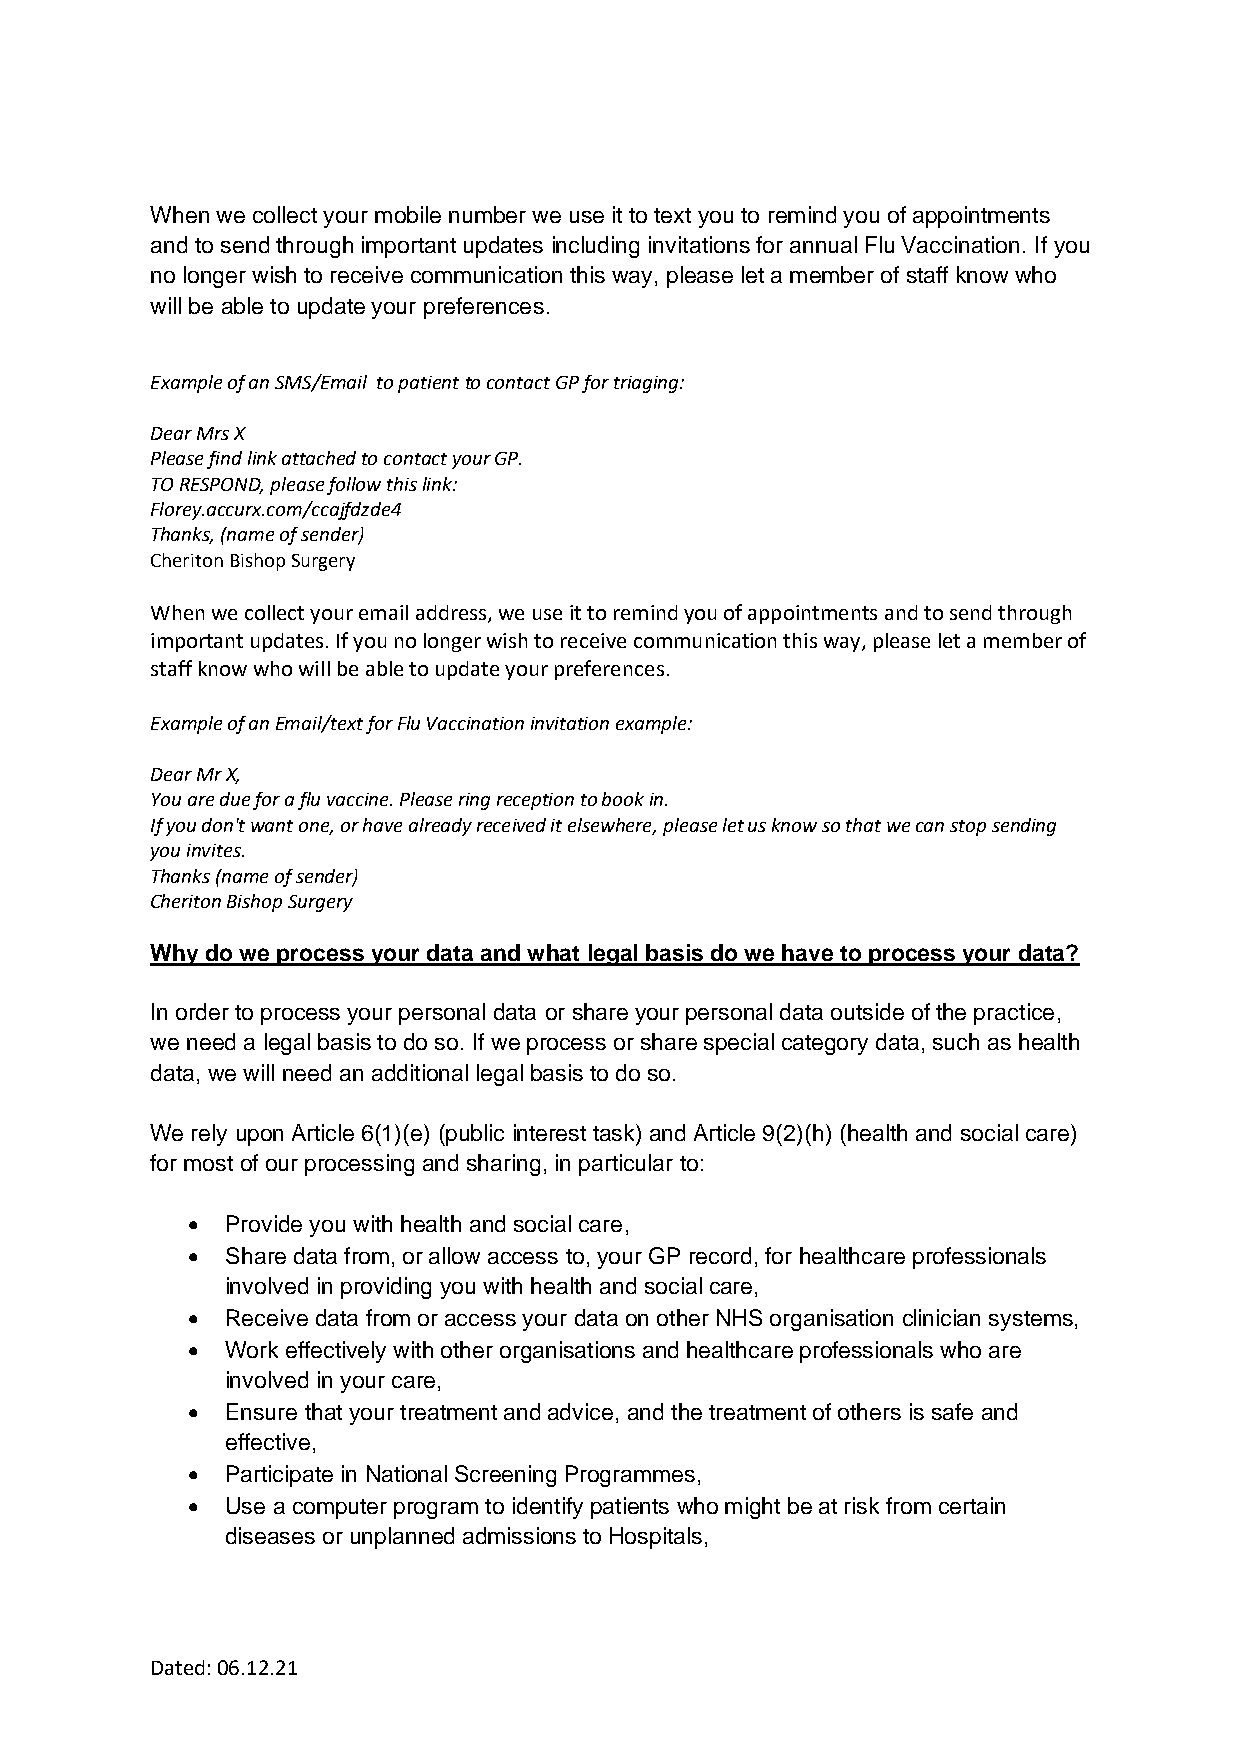
When we collect your mobile number we use it to text you to remind you of appointments
 and to send through important updates including invitations for annual Flu Vaccination. If you
 no longer wish to receive communication this way, please let a member of staff know who
 will be able to update your preferences.
 Example of an SMS/Email to patient to contact GP for triaging:
 Dear Mrs X
 Please find link attached to contact your GP.
 TO RESPOND, please follow this link:
 Florey.accurx.com/ccajfdzde4
 Thanks, (name of sender)
 Cheriton Bishop Surgery
 When we collect your email address, we use it to remind you of appointments and to send through
 important updates. If you no longer wish to receive communication this way, please let a member of
 staff know who will be able to update your preferences.
 Example of an Email/text for Flu Vaccination invitation example:
 Dear Mr X,
 You are due for a flu vaccine. Please ring reception to book in.
 If you don't want one, or have already received it elsewhere, please let us know so that we can stop sending
 you invites.
 Thanks (name of sender)
 Cheriton Bishop Surgery
 Why do we process your data and what legal basis do we have to process your data?
 In order to process your personal data or share your personal data outside of the practice,
 we need a legal basis to do so. If we process or share special category data, such as health
 data, we will need an additional legal basis to do so.
 We rely upon Article 6(1)(e) (public interest task) and Article 9(2)(h) (health and social care)
 for most of our processing and sharing, in particular to:
 •  Provide you with health and social care,
 •  Share data from, or allow access to, your GP record, for healthcare professionals
 involved in providing you with health and social care,
 •  Receive data from or access your data on other NHS organisation clinician systems,
 •  Work effectively with other organisations and healthcare professionals who are
 involved in your care,
 •  Ensure that your treatment and advice, and the treatment of others is safe and
 effective,
 •  Participate in National Screening Programmes,
 •  Use a computer program to identify patients who might be at risk from certain
 diseases or unplanned admissions to Hospitals,
 Dated: 06.12.21